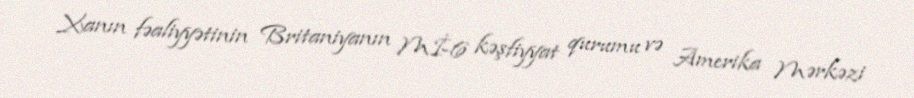
Xanın fəaliyyətinin Britaniyanın Mİ-6 kəşfiyyat qurumu və Amerika Mərkəzi